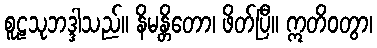
စူဠသုဘဒ္ဒါသည်။ နိမန္တိတော၊ ဖိတ်ပြီ။ ဣတိဝတွာ၊